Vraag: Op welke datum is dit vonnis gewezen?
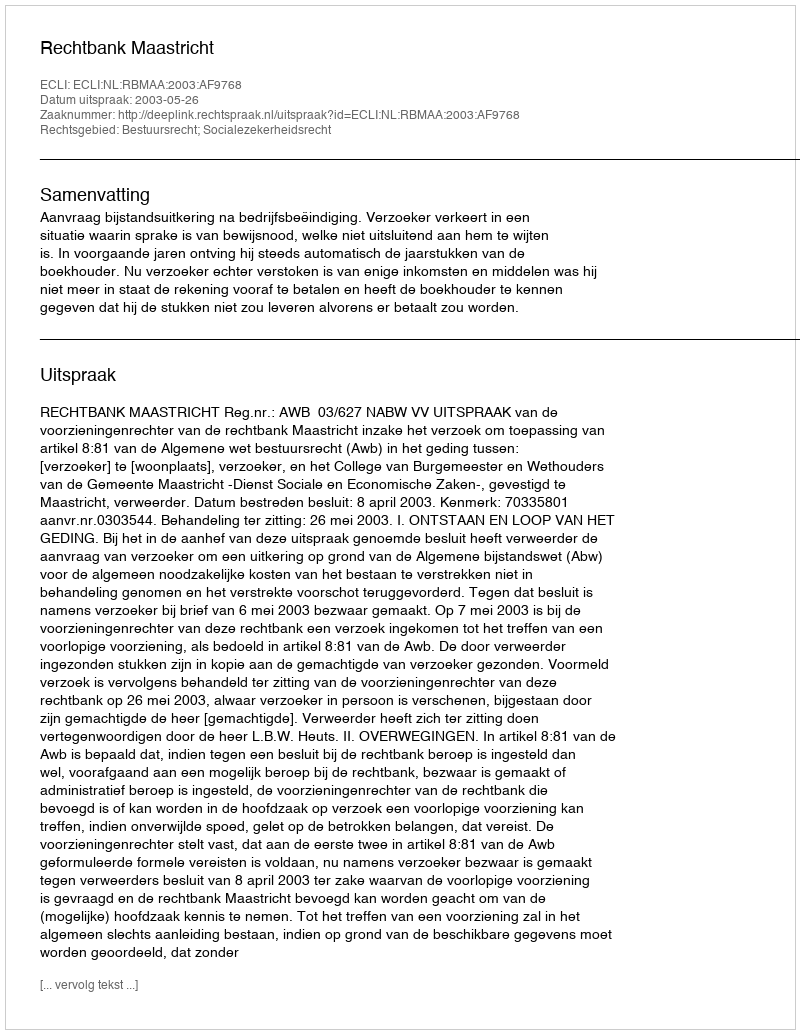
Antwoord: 2003-05-26